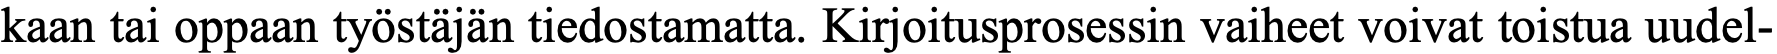
kaan tai oppaan työstäjän tiedostamatta. Kirjoitusprosessin vaiheet voivat toistua uudel-